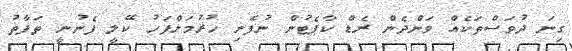
ގިނަ ދުވަސްތަކެއް ވަންދެން ރެޑް ކާޕެޓުން ނުފެނި ހުރުމަށްފަހު ކޭލީ ފެނުނީ ތަފާތު